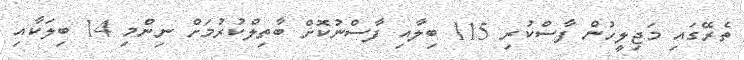
ތެރޭގައި މަޖިލީހުން ފާސްކުރި 115 ބިލާއި ފާސްނުކޮށް ބާތިލްކުރުމަށް ނިންމި 14 ބިލަކާއި